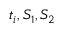
t _ { i } , S _ { 1 } , S _ { 2 }